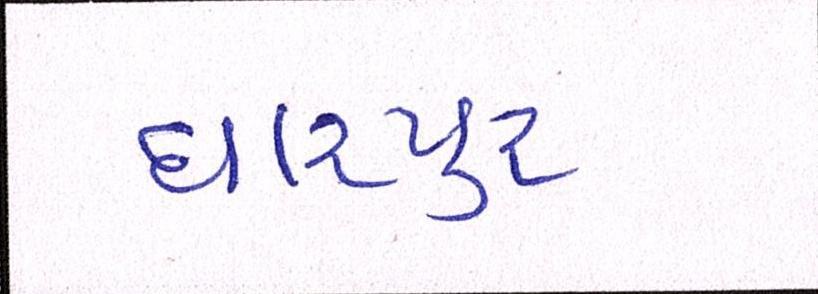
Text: ધારપુર